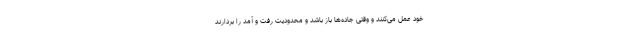
خود عمل می‌کنند و وقتی جاده‌ها باز باشد و محدودیت رفت و آمد را بردارند